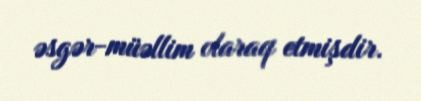
əsgər-müəllim olaraq etmişdir.